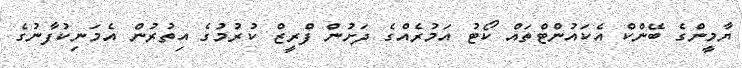
ޔާމީންގެ ބޭންކް އެކައުންޓްތައް ކޯޓު އަމުރެއްގެ ދަށުން ފްރީޒް ކުރުމުގެ އިތުރުން އެމަނިކުފާނުގެ